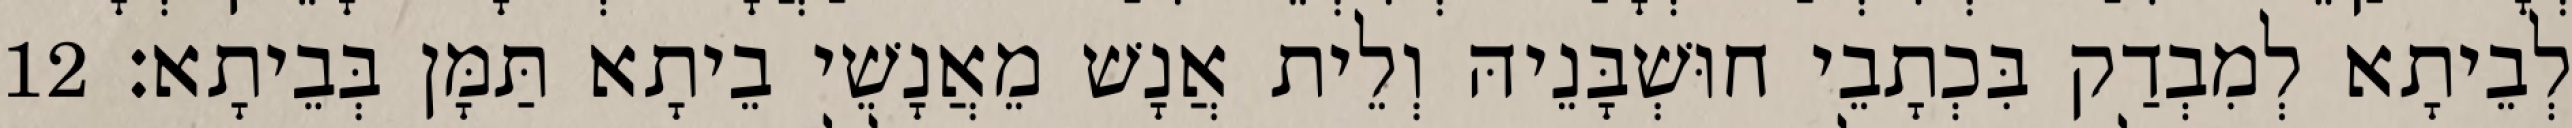
לְבֵיתָא לְמִבְדַק בִּכְתָבֵי חוּשְׁבָּנֵיהּ וְלֵית אֲנָשׁ מֵאֲנָשֵׁי בֵיתָא תַּמָּן בְּבֵיתָא׃ 12